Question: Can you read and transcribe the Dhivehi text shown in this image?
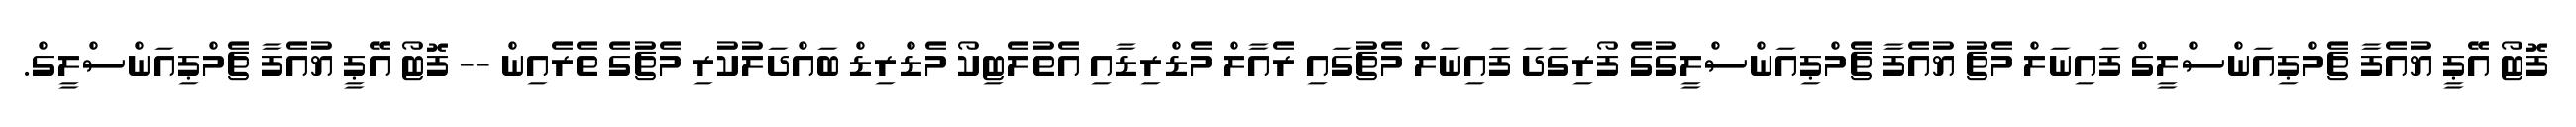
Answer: ފޮޓޯ އޭޕީ ޔުއެފާ ޗެމްޕިއަންސްލީގް ފައިނަލް މެޗު ޔުއެފާ ޗެމްޕިއަންސްލީގުގެ ފޯރިގަދަ ފައިނަލް މެޗުގައި ރެއާލް މެޑްރިޑާއި އެތުލެޓިކޯ މެޑްރިޑް ބައްދަލުކުރި މެޗުގެ ތެރެއިން -- ފޮޓޯ އޭޕީ ޔުއެފާ ޗެމްޕިއަންސްލީގް.